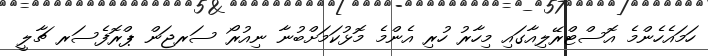
ހަމައެހެންމެ އޮސްޓްރޭލިއާގައި މިހާރު ހުރި އެންމެ މޮޅުކަމަށްބުނާ ނިއުރޯ ސަރޖަން ޕްރޮފެސަރ ޗާލީ